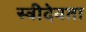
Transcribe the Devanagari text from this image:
स्त्रीदेवता